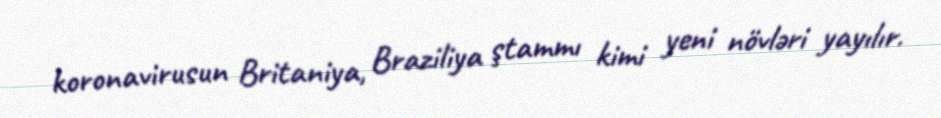
koronavirusun Britaniya, Braziliya ştammı kimi yeni növləri yayılır.